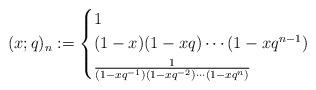
LaTeX: \begin{align*}(x; q)_n:=\begin{cases}1 &\\(1-x)(1-xq)\cdots(1-xq^{n-1}) &\\\frac{1}{(1-xq^{-1})(1-xq^{-2})\cdots(1-xq^{n})} &\\\end{cases}\end{align*}